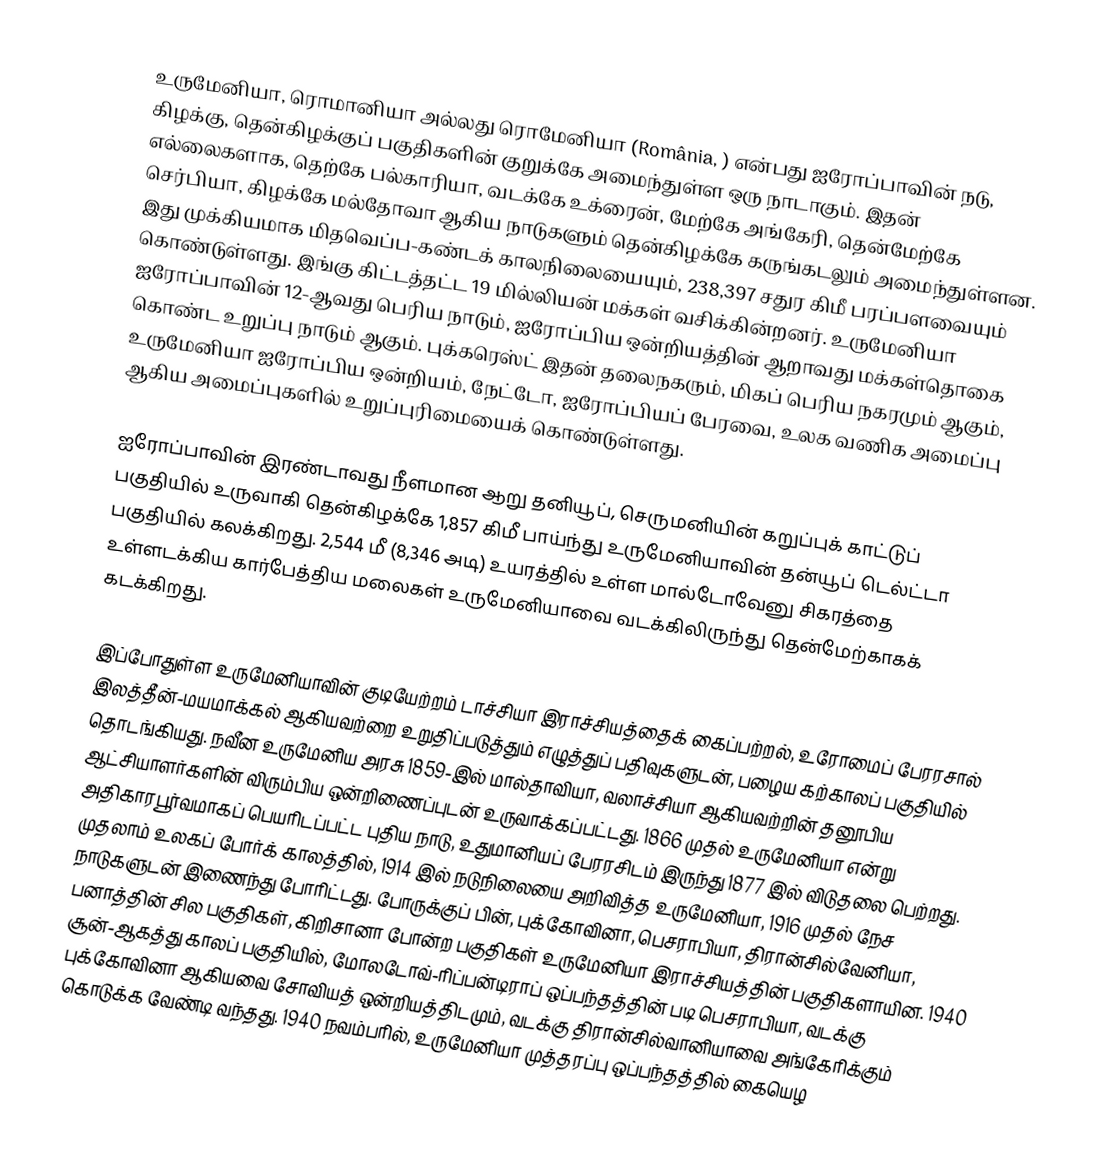
உருமேனியா, ரொமானியா அல்லது ரொமேனியா (România, ) என்பது ஐரோப்பாவின் நடு, கிழக்கு, தென்கிழக்குப் பகுதிகளின் குறுக்கே அமைந்துள்ள ஒரு நாடாகும். இதன் எல்லைகளாக, தெற்கே பல்காரியா, வடக்கே உக்ரைன், மேற்கே அங்கேரி, தென்மேற்கே செர்பியா, கிழக்கே மல்தோவா ஆகிய நாடுகளும் தென்கிழக்கே கருங்கடலும் அமைந்துள்ளன. இது முக்கியமாக மிதவெப்ப-கண்டக் காலநிலையையும், 238,397 சதுர கிமீ பரப்பளவையும் கொண்டுள்ளது. இங்கு கிட்டத்தட்ட 19 மில்லியன் மக்கள் வசிக்கின்றனர். உருமேனியா ஐரோப்பாவின் 12-ஆவது பெரிய நாடும், ஐரோப்பிய ஒன்றியத்தின் ஆறாவது மக்கள்தொகை கொண்ட உறுப்பு நாடும் ஆகும். புக்கரெஸ்ட் இதன் தலைநகரும், மிகப் பெரிய நகரமும் ஆகும், உருமேனியா ஐரோப்பிய ஒன்றியம், நேட்டோ, ஐரோப்பியப் பேரவை, உலக வணிக அமைப்பு ஆகிய அமைப்புகளில் உறுப்புரிமையைக் கொண்டுள்ளது.

ஐரோப்பாவின் இரண்டாவது நீளமான ஆறு தனியூப், செருமனியின் கறுப்புக் காட்டுப் பகுதியில் உருவாகி தென்கிழக்கே 1,857 கிமீ பாய்ந்து உருமேனியாவின் தன்யூப் டெல்ட்டா பகுதியில் கலக்கிறது. 2,544 மீ (8,346 அடி) உயரத்தில் உள்ள மால்டோவேனு சிகரத்தை உள்ளடக்கிய கார்பேத்திய மலைகள் உருமேனியாவை வடக்கிலிருந்து தென்மேற்காகக் கடக்கிறது.

இப்போதுள்ள உருமேனியாவின் குடியேற்றம் டாச்சியா இராச்சியத்தைக் கைப்பற்றல், உரோமைப் பேரரசால் இலத்தீன்-மயமாக்கல் ஆகியவற்றை உறுதிப்படுத்தும் எழுத்துப் பதிவுகளுடன், பழைய கற்காலப் பகுதியில் தொடங்கியது. நவீன உருமேனிய அரசு 1859-இல் மால்தாவியா, வலாச்சியா ஆகியவற்றின் தனூபிய ஆட்சியாளர்களின் விரும்பிய ஒன்றிணைப்புடன் உருவாக்கப்பட்டது. 1866 முதல் உருமேனியா என்று அதிகாரபூர்வமாகப் பெயரிடப்பட்ட புதிய நாடு, உதுமானியப் பேரரசிடம் இருந்து 1877 இல் விடுதலை பெற்றது. முதலாம் உலகப் போர்க் காலத்தில், 1914 இல் நடுநிலையை அறிவித்த உருமேனியா, 1916 முதல் நேச நாடுகளுடன் இணைந்து போரிட்டது. போருக்குப் பின், புக்கோவினா, பெசராபியா, திரான்சில்வேனியா, பனாத்தின் சில பகுதிகள், கிறிசானா போன்ற பகுதிகள் உருமேனியா இராச்சியத்தின் பகுதிகளாயின. 1940 சூன்-ஆகத்து காலப் பகுதியில், மோலடோவ்-ரிப்பன்டிராப் ஒப்பந்தத்தின் படி பெசராபியா, வடக்கு புக்கோவினா ஆகியவை சோவியத் ஒன்றியத்திடமும், வடக்கு திரான்சில்வானியாவை அங்கேரிக்கும் கொடுக்க வேண்டி வந்தது. 1940 நவம்பரில், உருமேனியா முத்தரப்பு ஒப்பந்தத்தில் கையெழ